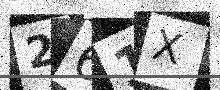
Text: 261X